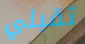
تقبلي